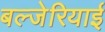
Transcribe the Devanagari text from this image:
बल्जेरियाई